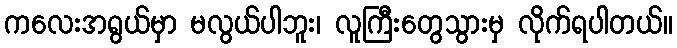
ကလေးအရွယ်မှာ မလွယ်ပါဘူး၊ လူကြီးတွေသွားမှ လိုက်ရပါတယ်။